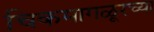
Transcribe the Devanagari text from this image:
चिकमागळूरच्या